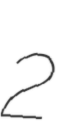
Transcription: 2